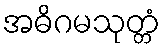
အဓိဂမသုတ္တံ